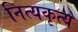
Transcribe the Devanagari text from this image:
नित्यकृत्य